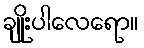
ချိုးပါလေရော။